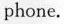
phone.